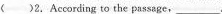
( )2.According to the passage,___.